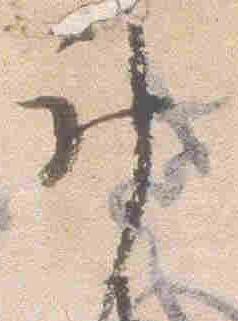
計